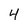
Character: 4